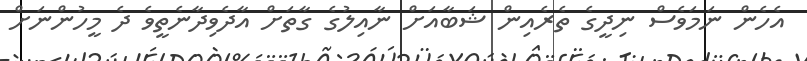
އެހެން ނަމަވެސް ނިދީގެ ތެރެއިން ޝަބާއަށް ނާއިލުގެ ގާތަށް އާދެވިދާނެތީވެ ދެ މީހުންނަށް